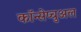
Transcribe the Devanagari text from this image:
कॉन्सेप्चुअल